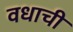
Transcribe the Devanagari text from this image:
वधाची